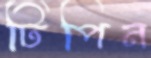
টিপিন